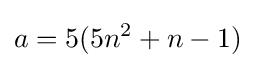
a=5(5n^{2}+n-1)